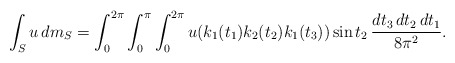
\begin{align*}\int_Su\,dm_S=\int_0^{2\pi}\int_0^{\pi}\int_0^{2\pi} u(k_1(t_1)k_2(t_2)k_1(t_3))\sin t_2\,\frac{dt_3\,dt_2\,dt_1}{8\pi^2}.\end{align*}